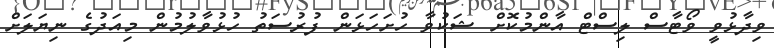
ވިދާޅުވީ ވޯޓާސް ލިސްޓް އާންމުކޮށް ޝަކުވާ ހުށަހަޅަން ފުރުސަތު ހުޅުވާލުމުން މިއަދުގެ ނިޔަލަށް